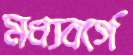
মধ্যবর্গে